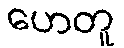
ဟေတူ